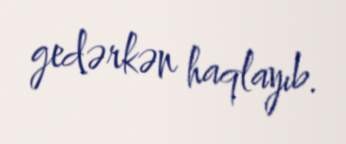
gedərkən haqlayıb.